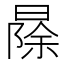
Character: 𱢠